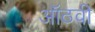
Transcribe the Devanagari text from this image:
ऑठवी